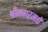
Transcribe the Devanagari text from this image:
श्रीनगरमधे